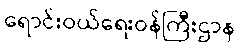
ရောင်းဝယ်ရေးဝန်ကြီးဌာန